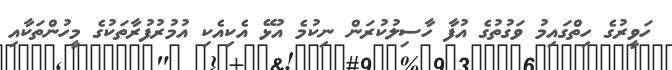
ހަވީރުގެ ހިތްގައިމު ވަގުތުގެ އުފާ ހާސިލުކުރަން ނިކުމެ އުޅޭ އެކިއެކި އުމުރުފުރާތަކުގެ މީހުންތަކާއި